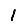
Digit: 1